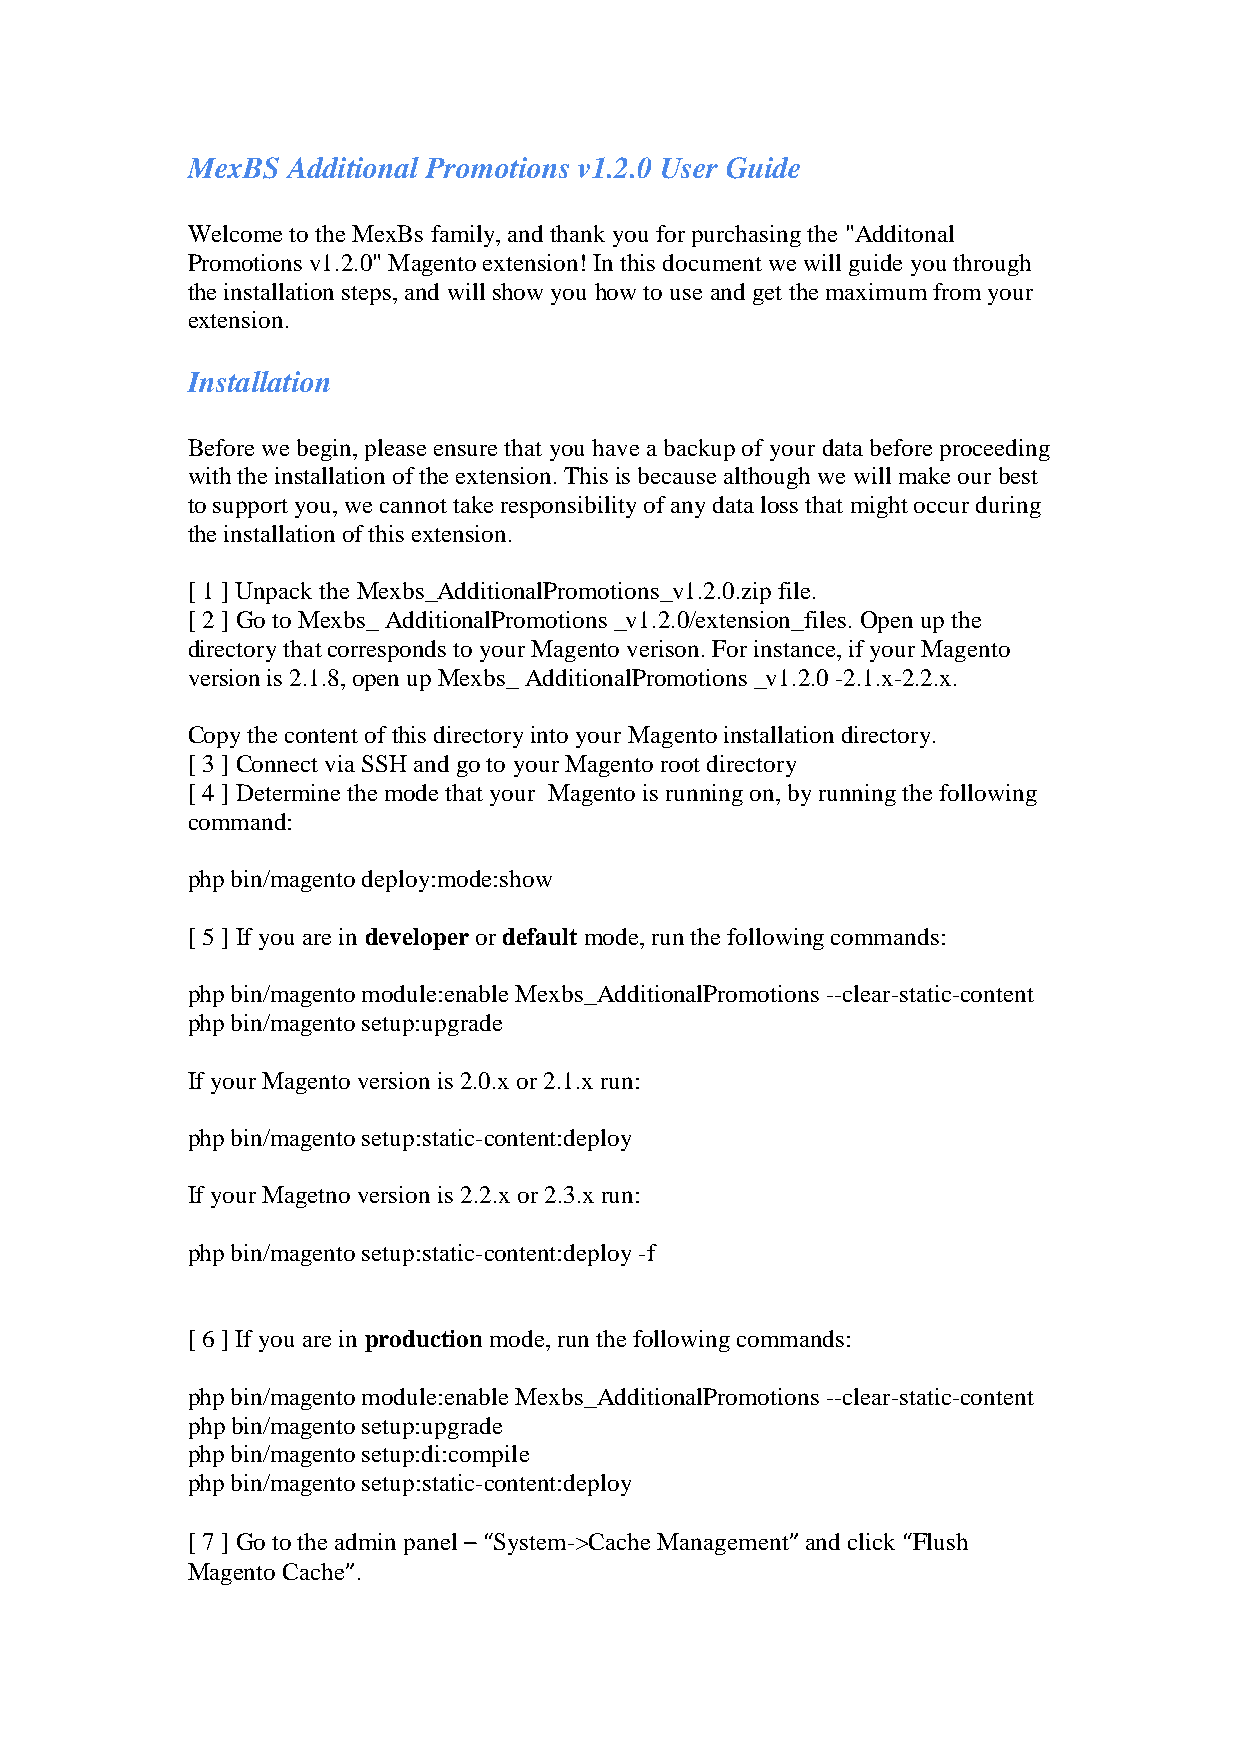
MexBS  Additional Promotions v1.2.0 User Guide
 Welcome to the MexBs family, and thank you for purchasing the "Additonal
 Promotions v1.2.0" Magento extension! In this document we will guide you through
 the installation steps, and will show you how to use and get the maximum from your
 extension.
 Installation
 Before we begin, please ensure that you have a backup of your data before proceeding
 with the installation of the extension. This is because although we will make our best
 to support you, we cannot take responsibility of any data loss that might occur during
 the installation of this extension.
 [ 1 ] Unpack the Mexbs_AdditionalPromotions_v1.2.0.zip file.
 [ 2 ] Go to Mexbs_ AdditionalPromotions _v1.2.0/extension_files. Open up the
 directory that corresponds to your Magento verison. For instance, if your Magento
 version is 2.1.8, open up Mexbs_ AdditionalPromotions _v1.2.0 -2.1.x-2.2.x.
 Copy the content of this directory into your Magento installation directory.
 [ 3 ] Connect via SSH and go to your Magento root directory
 [ 4 ] Determine the mode that your Magento is running on, by running the following
 command:
 php bin/magento deploy:mode:show
 [ 5 ] If you are in developer or default mode, run the following commands:
 php bin/magento module:enable Mexbs_AdditionalPromotions --clear-static-content
 php bin/magento setup:upgrade
 If your Magento version is 2.0.x or 2.1.x run:
 php bin/magento setup:static-content:deploy
 If your Magetno version is 2.2.x or 2.3.x run:
 php bin/magento setup:static-content:deploy -f
 [ 6 ] If you are in production mode, run the following commands:
 php bin/magento module:enable Mexbs_AdditionalPromotions --clear-static-content
 php bin/magento setup:upgrade
 php bin/magento setup:di:compile
 php bin/magento setup:static-content:deploy
 [ 7 ] Go to the admin panel – “System->Cache Management” and click “Flush
 Magento Cache”.